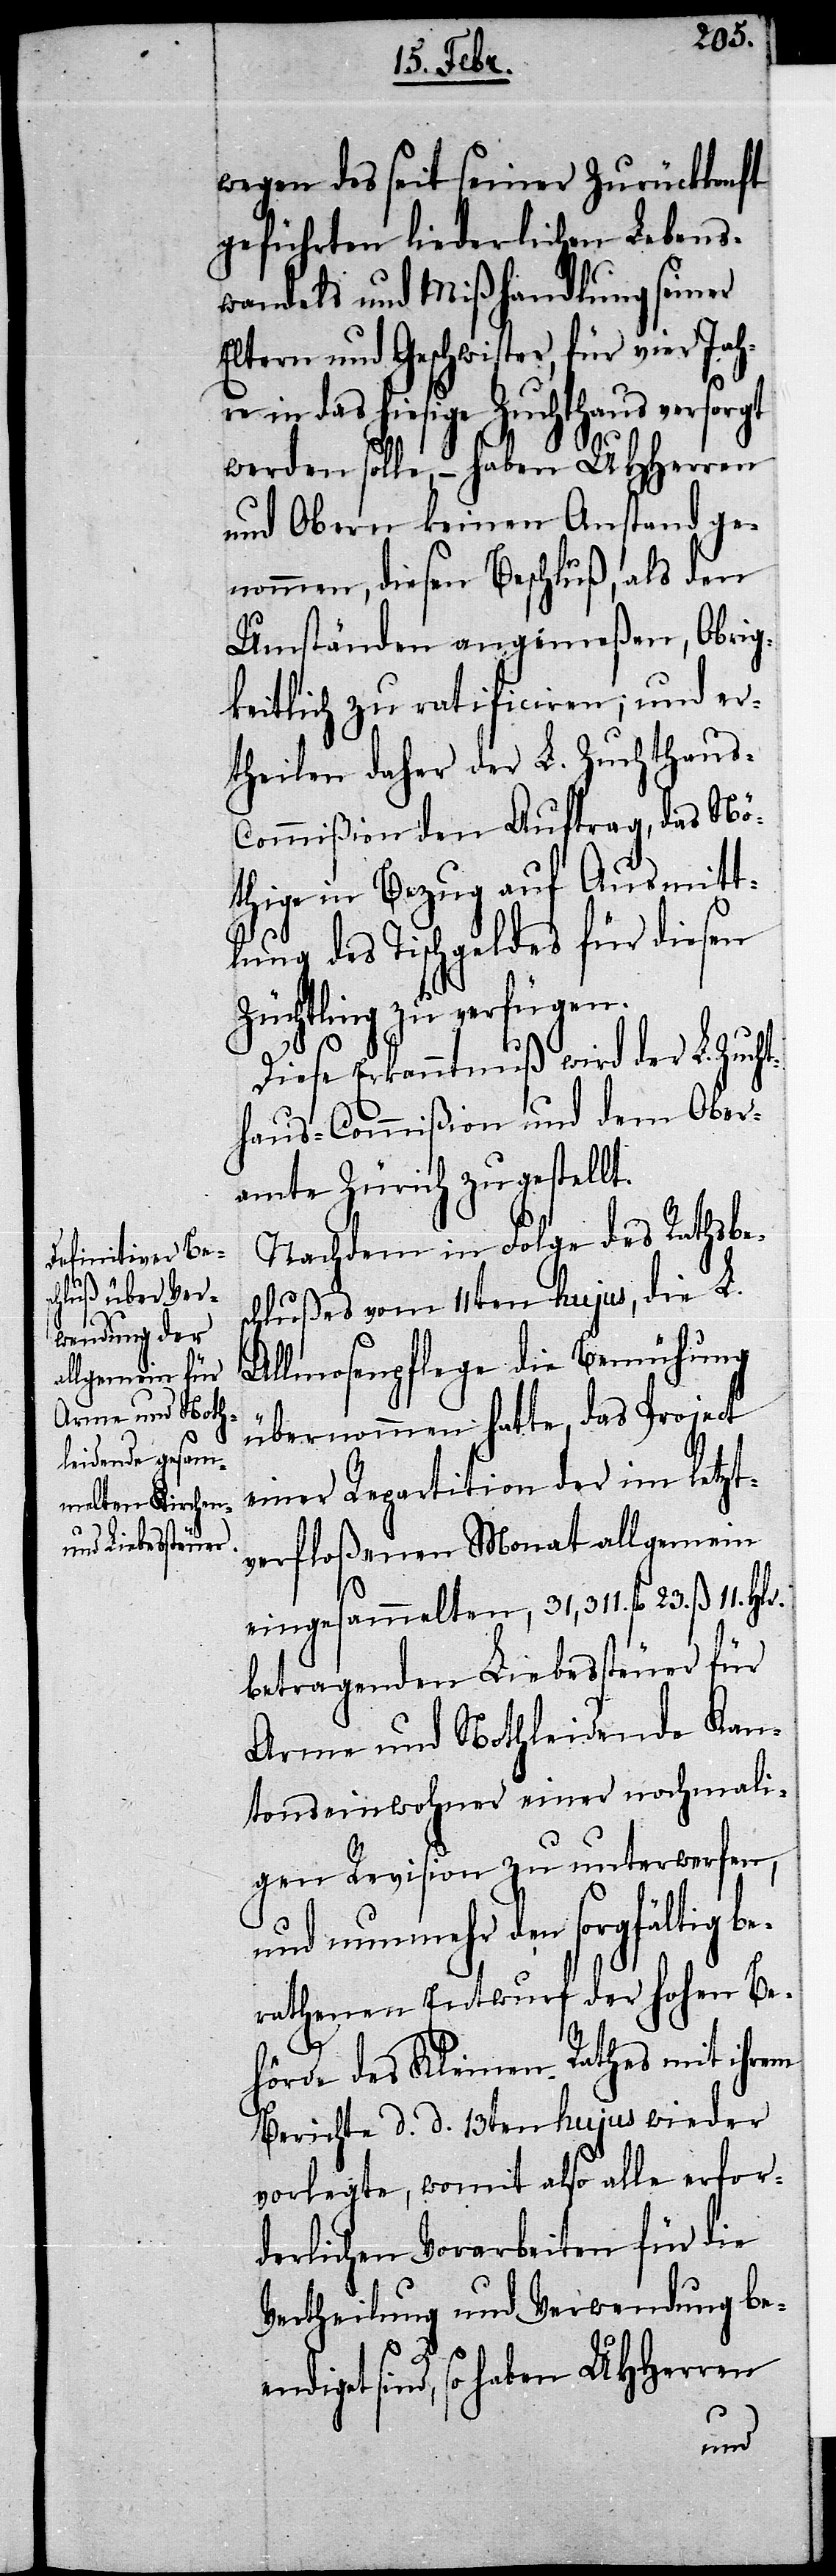
wegen des seit seiner Zurückkonft
geführten liederlichen Lebens¬
wandels und Mißhandlung seiner
Eltern und Geschwister, für vier Jahre
in das hiesige Zuchthaus versorgt
werden solle, – haben UHHerren
und Obern keinen Anstand ge¬
nommen, diesen Beschluß, als den
Umständen angemeßen, Obrig¬
keitlich zu ratificiren; und er¬
theilen daher der L. Zuchthaus-C¬
ommißion den Auftrag, das Nö¬
thige in Bezug auf Ausmitt¬
lung des Tischgeldes für diesen
Züchtling zu verfügen.
Diese Erkanntnuß wird der L. Zuch¬
thaus-Commißion und dem Ober¬
amte Zürich zugestellt.
Nachdem in Folge des Rathsbes¬
chlußes vom 11ten hujus, die L.
Allmosenpflege die Bemühung
übernommen hatte, das Project
einer Repartition der im letzt¬
verfloßenen Monat allgemein
eingesammelten, 31,311. fl. 23. ß. 11. Hlr.
betragenden Liebessteuer für
Arme und Nothleidende Kan¬
tonseinwohner einer nochmali¬
gen Revision zu unterwerfen,
und nunmehr den sorgfältig b¬
erathenen Entwurf der hohen Be¬
hörde des Kleinen Rathes mit ihrem
Berichte d. d. 13ten hujus wieder
vorlegte, womit also alle erfor¬
derlichen Vorarbeiten für die
Vertheilung und Verwendung be¬
endiget sind, so haben UHHerren